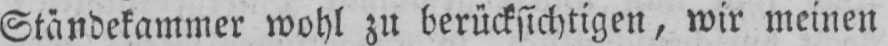
Ständekammer wohl zu berücksichtigen, wir meinen